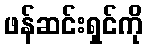
ဖန်ဆင်းရှင်ကို